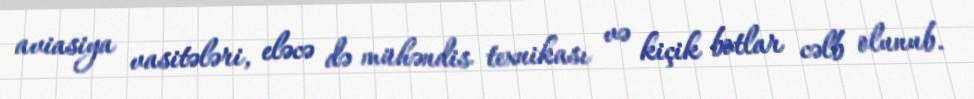
aviasiya vasitələri, eləcə də mühəndis texnikası və kiçik botlar cəlb olunub.